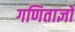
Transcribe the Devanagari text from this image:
गणिताज्ञों